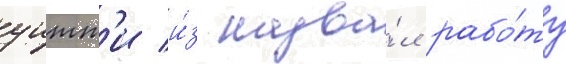
уитт'и и́з назва́л рабо́ту